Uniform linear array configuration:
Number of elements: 4
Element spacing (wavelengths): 1
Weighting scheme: cosine
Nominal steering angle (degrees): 30
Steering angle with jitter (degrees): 31.416
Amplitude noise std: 0.05
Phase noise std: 0.05

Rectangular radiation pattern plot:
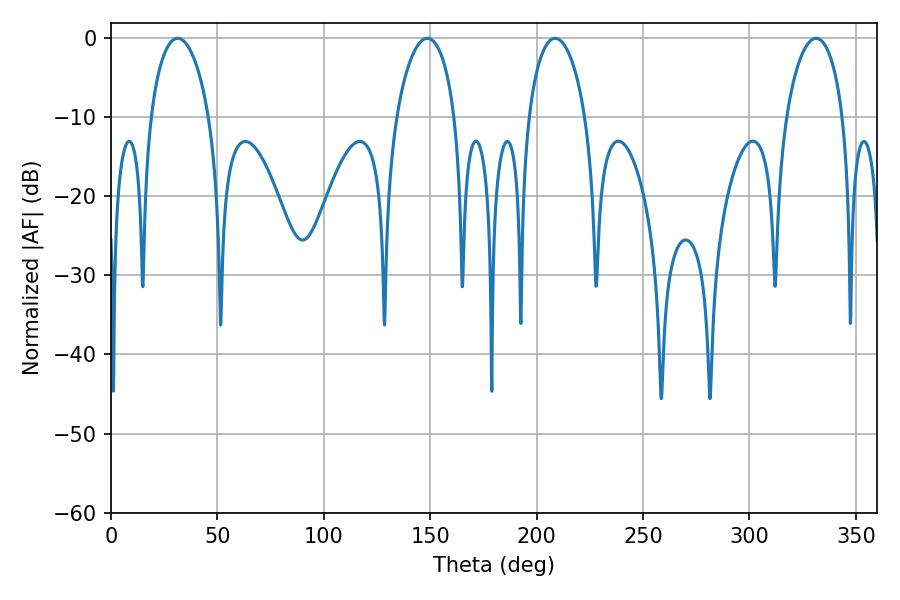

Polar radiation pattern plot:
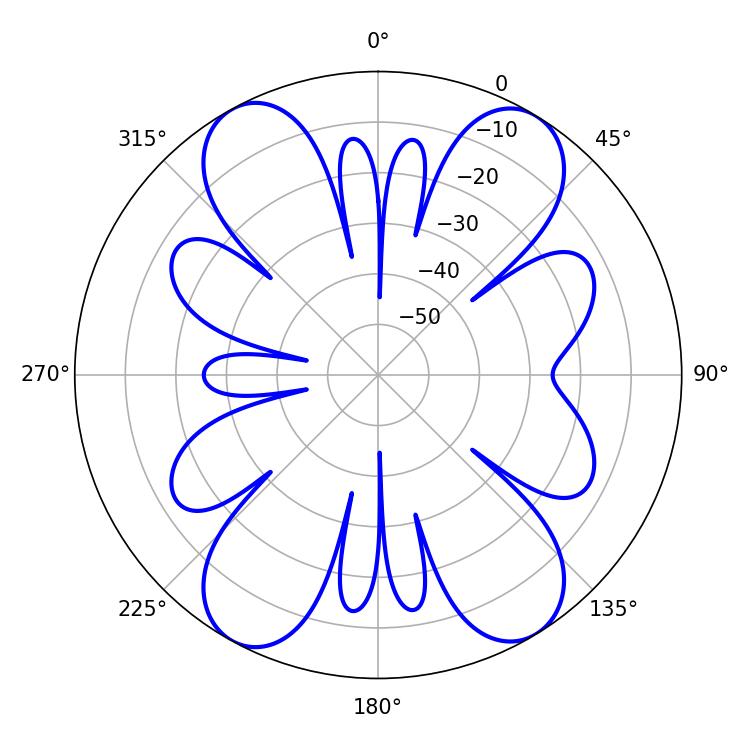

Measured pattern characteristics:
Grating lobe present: TRUE
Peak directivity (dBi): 17.335
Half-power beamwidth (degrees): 15.84
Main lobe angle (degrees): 31.32